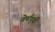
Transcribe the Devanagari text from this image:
वेर्षापुर्वी